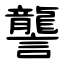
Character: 讋